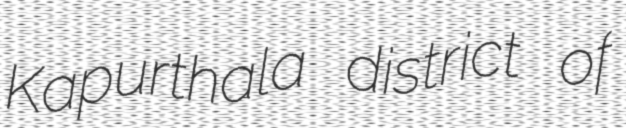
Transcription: Kapurthala district of